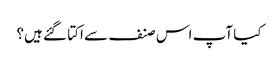
کیا آپ اس صنف سے اکتا گئے ہیں؟